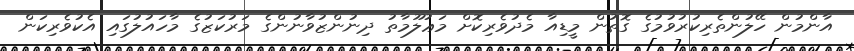
އާންމުން ހޭލުންތެރިކުރުވުމުގެ ގޮތުން މީޑިއާ މެދުވެރިކޮށް މަޢުލޫމާތު ދިނުންޒުވާނުންގެ މަރުކަޒުގެ މާހައުލުގައި އެކުވެރިކަން